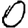
Digit: 0